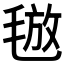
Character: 𣮙